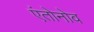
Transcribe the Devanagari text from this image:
एंतोनोव